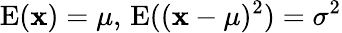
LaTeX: \operatorname{E}(\mathbf{x})=\mu,\, \operatorname{E}((\mathbf{x}-\mu)^{2})=\sigma^{2}